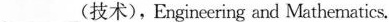
___(技术),Engineering and Mathematics.